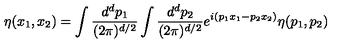
\eta ( x _ { 1 } , x _ { 2 } ) = \int { \frac { d ^ { d } p _ { 1 } } { ( 2 \pi ) ^ { d / 2 } } } \int { \frac { d ^ { d } p _ { 2 } } { ( 2 \pi ) ^ { d / 2 } } } e ^ { i ( p _ { 1 } x _ { 1 } - p _ { 2 } x _ { 2 } ) } \eta ( p _ { 1 } , p _ { 2 } )